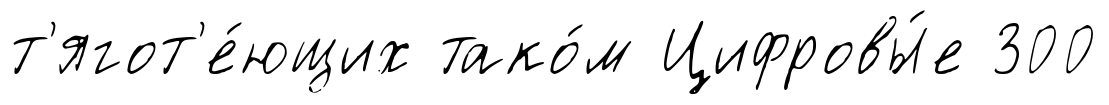
т'ягот'е́ющих тако́м Цифровы́е 300